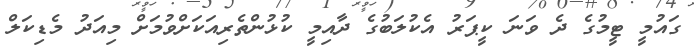
ގައުމީ ޓީމުގެ ދެ ވަނަ ކީޕަރު އެކުލަބުގެ ދާއިމީ ކުޅުންތެރިއަކަށްވުމަށް މިއަދު މެޑިކަލް